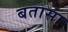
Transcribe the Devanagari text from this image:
बतासा